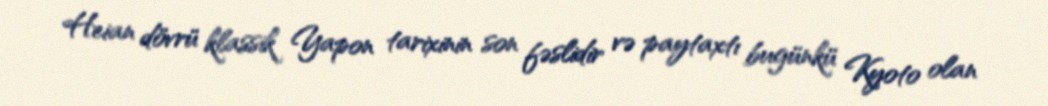
Heian dövrü klassik Yapon tarixinin son fəslidir və paytaxtı bugünkü Kyoto olan